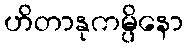
ဟိတာနုကမ္ပိနော